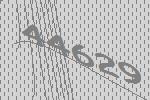
44629